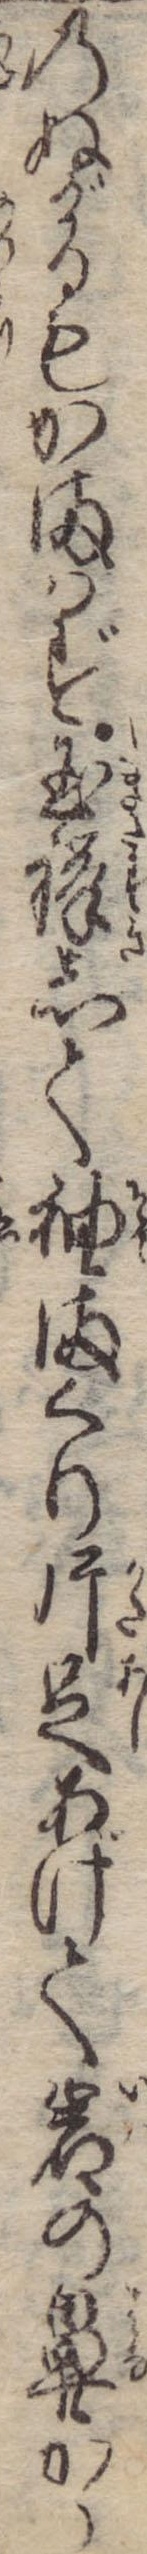
のぬげるもかまはず玉襷して袖まくり片足あげて岩の鼻から